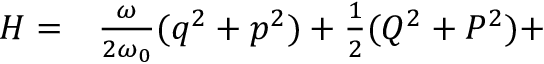
\begin{array} { r l } { \small H = } & { { } \frac { \omega } { 2 \omega _ { 0 } } ( q ^ { 2 } + p ^ { 2 } ) + \frac { 1 } { 2 } ( Q ^ { 2 } + P ^ { 2 } ) + } \end{array}